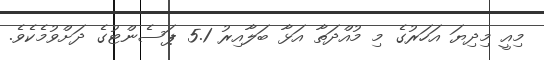
މިއީ މިދިޔަ އަހަރުގެ މި މުއްދަތާ އަޅާ ބަލާއިރު 5.1 ޕަސެންޓުގެ ދަށްވުމެކެވެ.